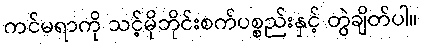
ကင်မရာကို သင့်မိုဘိုင်းစက်ပစ္စည်းနှင့် တွဲချိတ်ပါ။